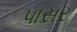
પાસર